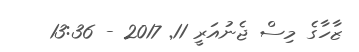
ޒާހާގެ މިސް ޖެނުއަރީ 11